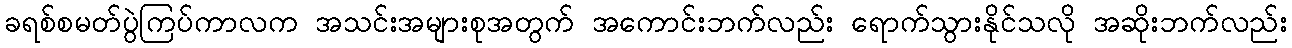
ခရစ်စမတ်ပွဲကြပ်ကာလက အသင်းအများစုအတွက် အကောင်းဘက်လည်း ရောက်သွားနိုင်သလို အဆိုးဘက်လည်း